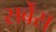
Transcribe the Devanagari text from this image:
सर्बेंस